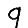
Digit: 9